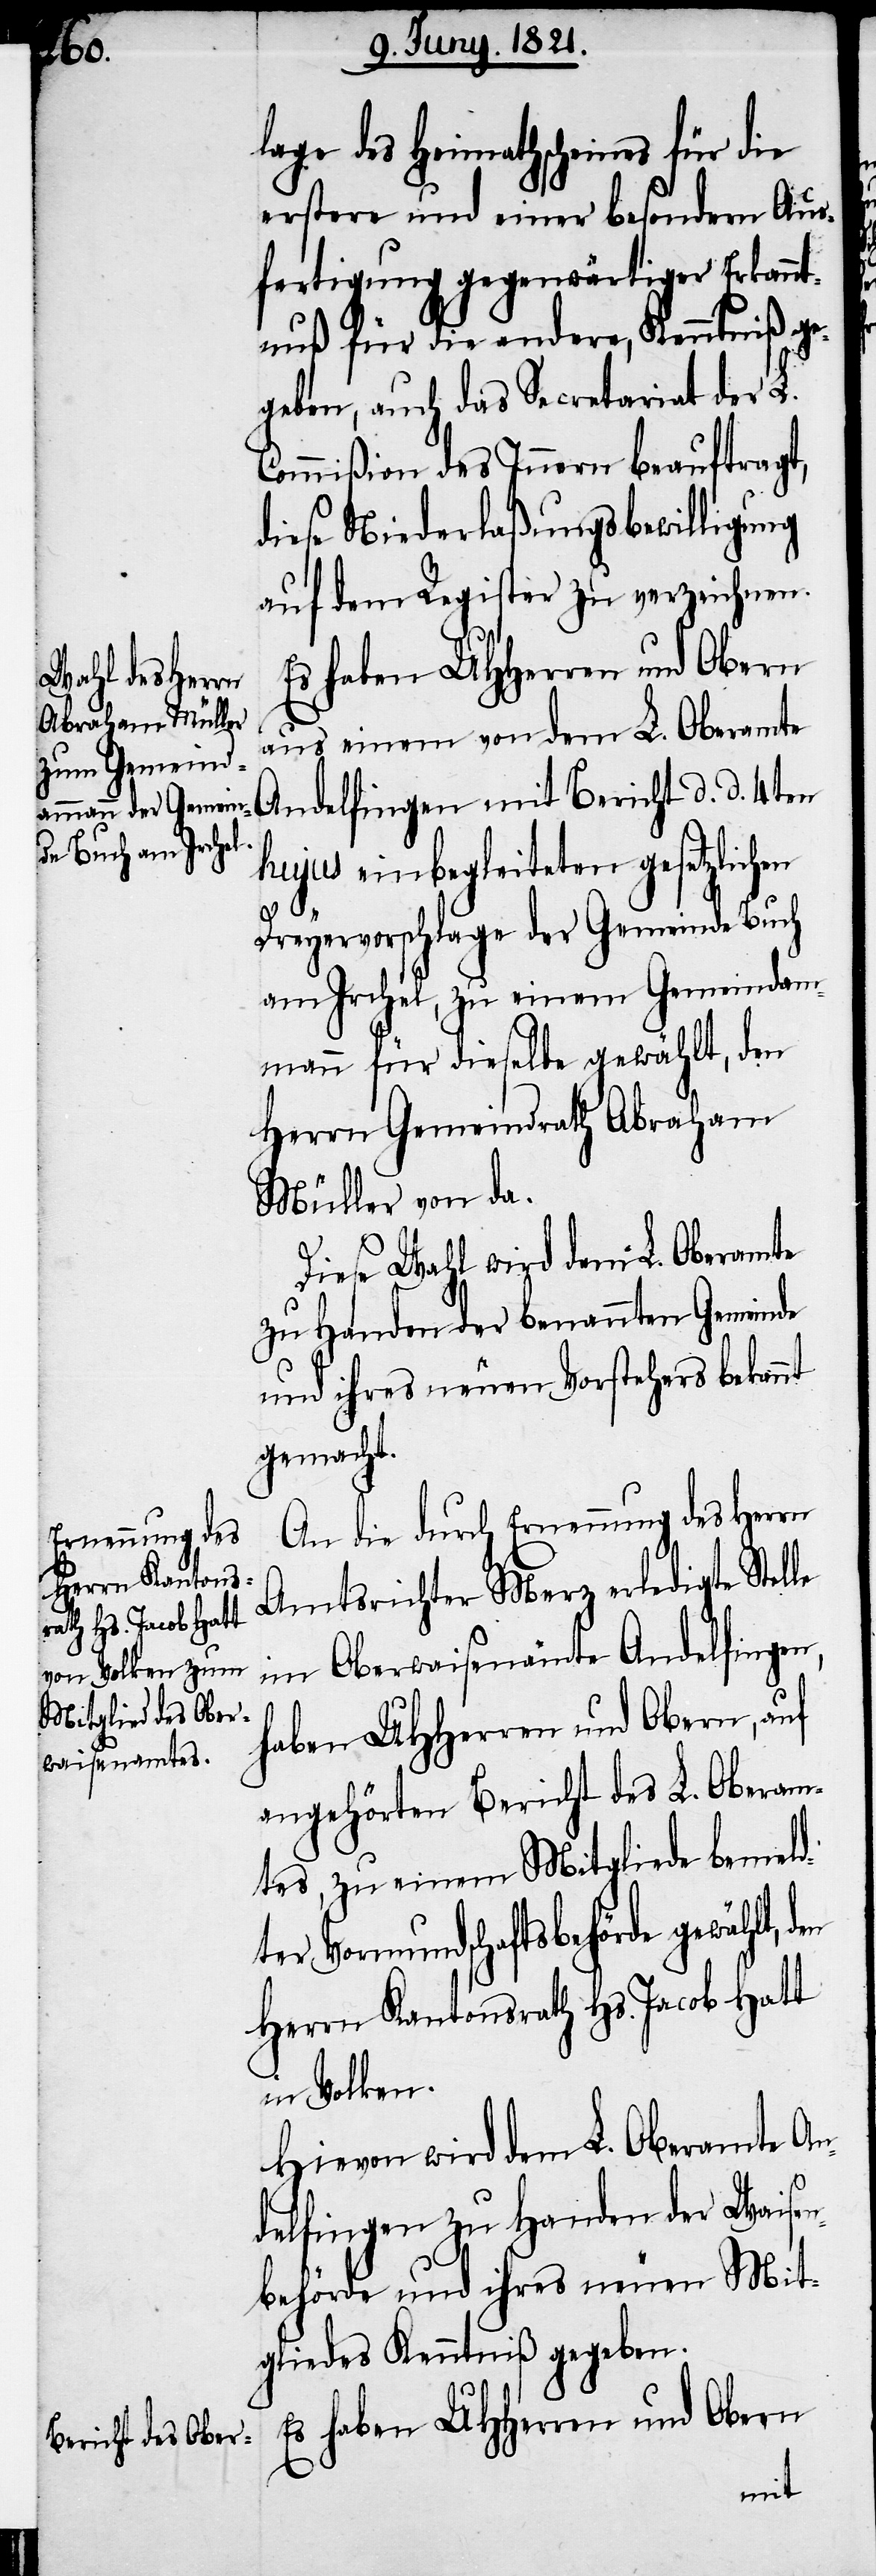
lage des Heimathscheins für die
erstere und einer besondern Aus¬
fertigung gegenwärtiger Erkannt¬
nuß für die andere, Kenntniß ge¬
und auch das Secretariat der L.
Commißion des Innern beauftragt,
diese Niederlaßungsbewilligung
auf dem Register zu verzeichnen.
Es haben UHHerren und Obern
aus einem von dem L. Oberamte
Andelfingen mit Bericht d. d. 4ten
hujus einbegleiteten gesetzlichen
Dreyervorschlage der Gemeinde Buch
am Irchel, zu einem Gemeindam¬
mann für dieselbe gewählt, den
Herrn Gemeindrath Abraham
Müller von da.
Diese Wahl wird dem L. Oberamte
zu Handen der benannten Gemeinde
und ihres neuen Vorstehers bekannt
gemacht.
An die durch Ernennung des Herrn
Amtsrichter Merz erledigte Stelle
im Oberwaisenamt Andelfingen,
haben UHHerren und Obern, auf
angehörten Bericht des L. Oberam¬
tes, zu einem Mitgliede bemeld¬
ter Vormundschaftsbehörde
Herrn Kantonsrath Hs. Jacob Hatt
in Volken.
Hievon wird dem L. Oberamte An¬
delfingen zu Handen der Waisen¬
behörde und ihres neuen Mit¬
gliedes Kenntniß gegeben.
Es haben UHHerren und Obern